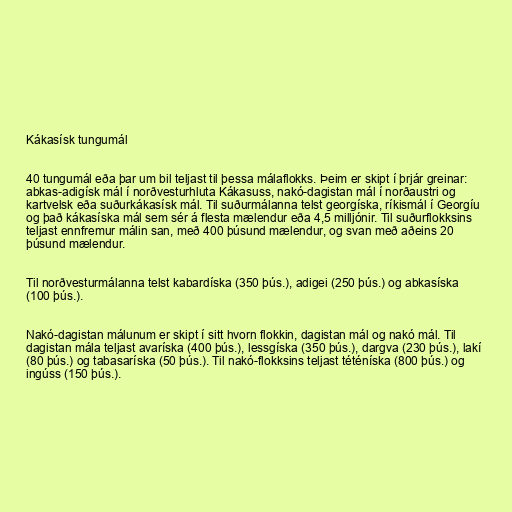
Kákasísk tungumál

40 tungumál eða þar um bil teljast til þessa málaflokks. Þeim er skipt í þrjár greinar:
abkas-adigísk mál í norðvesturhluta Kákasuss, nakó-dagistan mál í norðaustri og
kartvelsk eða suðurkákasísk mál. Til suðurmálanna telst georgíska, ríkismál í Georgíu
og það kákasíska mál sem sér á flesta mælendur eða 4,5 milljónir. Til suðurflokksins
teljast ennfremur málin san, með 400 þúsund mælendur, og svan með aðeins 20
þúsund mælendur.

Til norðvesturmálanna telst kabardíska (350 þús.), adigei (250 þús.) og abkasíska
(100 þús.).

Nakó-dagistan málunum er skipt í sitt hvorn flokkin, dagistan mál og nakó mál. Til
dagistan mála teljast avaríska (400 þús.), lessgíska (350 þús.), dargva (230 þús.), lakí
(80 þús.) og tabasaríska (50 þús.). Til nakó-flokksins teljast téténíska (800 þús.) og
ingúss (150 þús.).